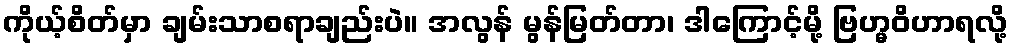
ကိုယ့်စိတ်မှာ ချမ်းသာစရာချည်းပဲ။ အလွန် မွန်မြတ်တာ၊ ဒါကြောင့်မို့ ဗြဟ္မဝိဟာရလို့